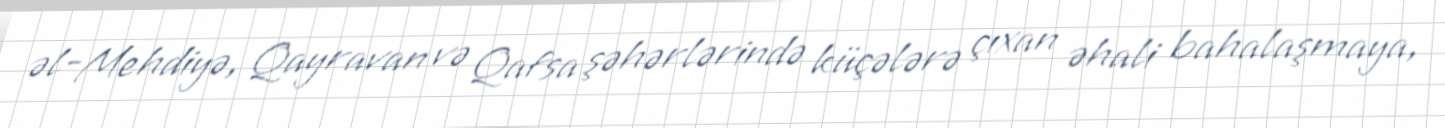
əl-Mehdiyə, Qayravan və Qafsa şəhərlərində küçələrə çıxan əhali bahalaşmaya,